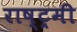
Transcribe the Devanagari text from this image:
राष्ट्रमी